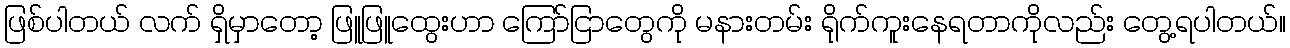
ဖြစ်ပါတယ် လက် ရှိမှာတော့ ဖြူဖြူထွေးဟာ ကြော်ငြာတွေကို မနားတမ်း ရိုက်ကူးနေရတာကိုလည်း တွေ့ရပါတယ်။